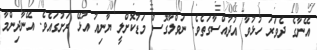
އޭނާގެ ދެވަރަ ހުޅުވާ އުދުއްސާގަތެވެ. ނަވްލާގޮސް މަޑުކޮށްލީ ޔާނިއު އުޅޭ ރަށުގައެވެ. އޭނާދިންމާ